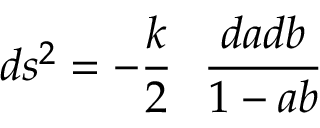
d s ^ { 2 } = - \frac { k } { 2 } \ \ \frac { d a d b } { 1 - a b }